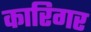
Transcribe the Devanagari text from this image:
कारिगर